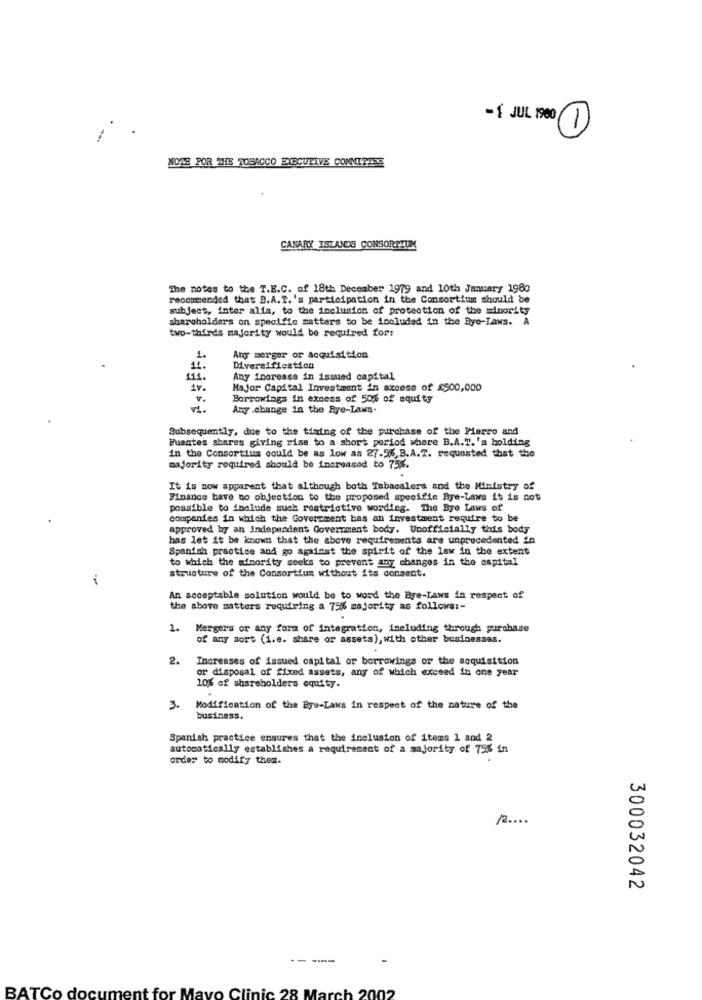
-{ JUL 1980 1
NOWE FOR THE TOBACCO EXECUTIVE COMMITTEE
CANARY ISLANDS CONSORTIUM
The notes to the T.E.C. of 18th December 1979 and 10th January 1980
recommended that B.A.T.'s participation in the Consortium should be
subject, inter alia, to the inclusion of protection of the minority
shareholders on specific matters to be included in the Rye-Laws. A
two-thirds majority would be required for:
1.
Any merger or acquisition
11.
Diversification
111.
Any increase in issued capital
1v.
Major Capital Investment in excess of £500,000
1 .
Borrowings in excess of 50% of equity
vi .
Any .change in the Rye-Laws.
Subsequently, due to the tiaing of the purchase of the Pierro and
Fuentes shares giving rise to a short period where B.A.T. 's holding
in the Consortium could be as low as 27.5%,B.A.T. requested that the
majority required should be increased to 75%.
It is now apparent that although both Tabacalera and the Ministry of
Finance bave no objection to the proposed specifie Bye-Laws it is not
possible to include such restrictive wording. The Bye Laws of
companies in which the Government bas an investment require to be
approved by an independent Government body. Unofficially this body
has let it be known that the above requirements are unprecedented in
Spanish practice and go against the spirit of the law in the extent
to which the minority seeks to prevent any changes in the capital
structure of the Consortium without its consent.
An acceptable solution would be to word the Eye-Laws in respect of
the above matters requiring a 75% majority as follows :-
1. Mergers or any form of integration, including through purchase
of any sort (1.e. sbare or assets), with other businessas.
2.
Increases of issued capital or borrowings or the acquisition
or disposal of fixed assets, any of which exceed in one year
10% of shareholders equity.
.
3.
Modification of the Bye-Laws in respect of the nature of the
business.
Spanish practice ensures that the inclusion of items 1 and 2
automatically establishes a requirement of a majority of 75% in
order to modify them.
300032042
----
BATCo docu
For
Mas
vo Clir
ic 28 March 2002